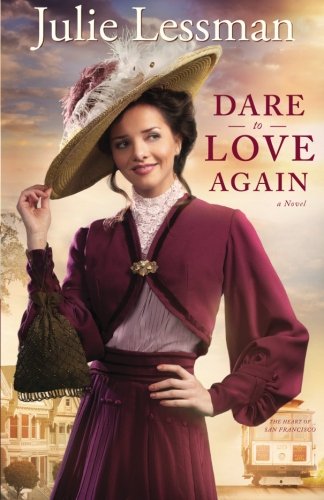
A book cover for Dare to Love Again: A Novel (The Heart of San Francisco) (Volume 2); Julie Lessman; Romance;